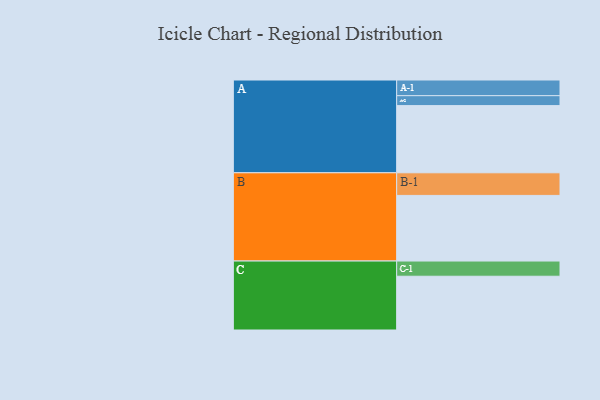
{"axis": {"x": "Segment", "y": "Value"}, "legend": ["", "A", "B", "C"], "data": [{"x": "A", "y": 561, "type": ""}, {"x": "B", "y": 548, "type": ""}, {"x": "C", "y": 449, "type": ""}, {"x": "A-1", "y": 131, "type": "A"}, {"x": "A-2", "y": 83, "type": "A"}, {"x": "B-1", "y": 189, "type": "B"}, {"x": "C-1", "y": 127, "type": "C"}]}